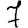
Digit: 7